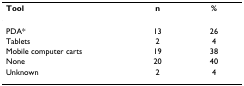
<table><thead><tr><td><b>Tool</b></td><td><b>n</b></td><td><b>%</b></td></tr></thead><tbody><tr><td>PDA*</td><td>13</td><td>26</td></tr><tr><td>Tablets</td><td>2</td><td>4</td></tr><tr><td>Mobile computer carts</td><td>19</td><td>38</td></tr><tr><td>None</td><td>20</td><td>40</td></tr><tr><td>Unknown</td><td>2</td><td>4</td></tr></tbody></table>